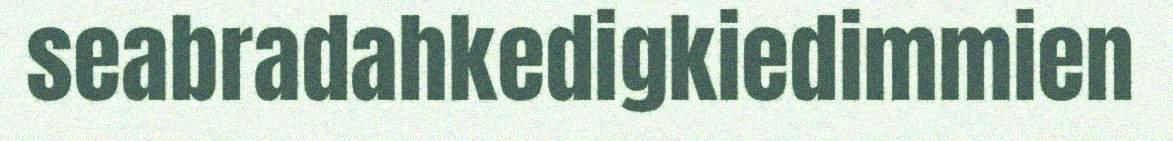
seabradahkedigkiedimmien